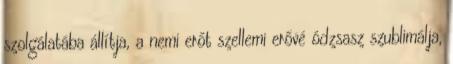
szolgálatába állítja, a nemi erőt szellemi erővé ódzsasz szublimálja,